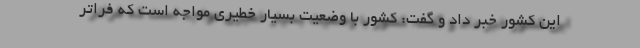
این کشور خبر داد و گفت: کشور با وضعیت بسیار خطیری مواجه است که فراتر